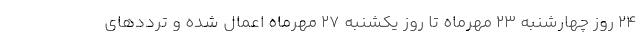
۲۴ روز چهارشنبه ۲۳ مهرماه تا روز یکشنبه ۲۷ مهرماه اعمال شده و ترددهای